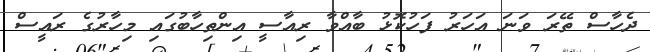
ދެހާސް ތޭރަ ވަނަ އަހަރު ފަހުކޮޅު ބާއްވާ ރިއާސީ އިންތިހާބުގައި މިހާރުގެ ރައީސް